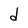
Character: d